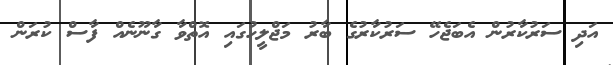
އަދި ސަރުކާރުން އެބަޖެހޭ ސަރުކާރުގެ ބާރު މަޖްލީހުގައި އޮތްވާ ގާނޫނެއް ފާސް ކުރަން